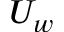
U _ { w }